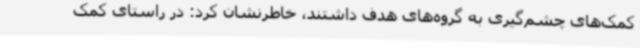
کمک‌های چشم‌گیری به گروه‌های هدف داشتند، خاطرنشان کرد: در راستای کمک